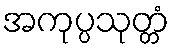
အကုပ္ပသုတ္တံ